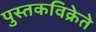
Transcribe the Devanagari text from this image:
पुस्तकविक्रेते